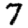
Digit: 7